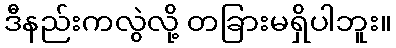
ဒီနည်းကလွဲလို့ တခြားမရှိပါဘူး။